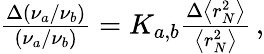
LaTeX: \begin{array}{r}{\frac{\Delta(\nu_{a}/\nu_{b})}{(\nu_{a}/\nu_{b})}=K_{a,b}\frac{\Delta\left<r_{N}^{2}\right>}{\left<r_{N}^{2}\right>}\, ,}\end{array}